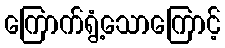
ကြောက်ရွံ့သောကြောင့်